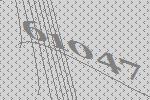
61047